Lunatic asylums United Provinces 1909-1921 - 1909-1921
Year: 1909
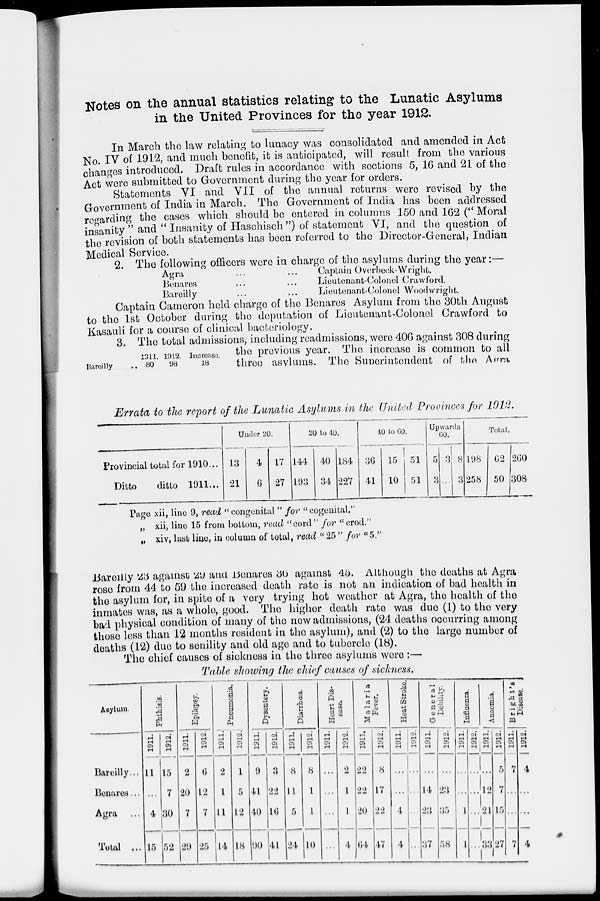
Notes on the annual statistics relating to the Lunatic Asylums
in the United Provinces for the year 1912.
In March the law relating to lunacy was consolidated and amended in Act
No. IV of 1912, and much benefit, it is anticipated, will result from the various
changes introduced. Draft rules in accordance with sections 5, 16 and 21 of the
Act were submitted to Government during the year for orders.
Statements VI and VII of the annual returns were revised by the
Government of India in March. The Government of India has been addressed
regarding the cases which should be entered in columns 150 and 162 (" Moral
insanity " and " Insanity of Haschisch") of statement VI, and the question of
the revision of both statements has been referred to the Director-General, Indian
Medical Service.
2. The following officers were in charge of the asylums during the year:—
Agra ... ...
Benares ... ...
Bareilly ... ...
Captain Overbeck-Wright.
Lieutenant-Colonel Crawford.
Lieutenant-Colonel Woodwright.
Captain Cameron held charge of the Benares Asylum from the 30th August
to the 1st October during the deputation of Lieutenant-Colonel Crawford to
Kasauli for a course of clinical bacteriology.
Bareilly ..
1911.
80
1912.
98
Increase.
18
3. The total admissions, including readmissions, were 406 against 308 during
the previous year. The increase is common to all
three asylums. The Superintendent of the Agra
Errata to the report of the Lunatic Asylums in the United Provinces for 1912.
Provincial total for 1910 ...
Ditto
ditto 1911 ...
Under 20.
13
21
4
6
17
27
20 to 40.
144
193
40
34
184
227
40 to 60.
36
41
15
10
51
51
Upwards
60.
5
3
3
...
8
3
Total.
198
258
62
50
260
308
Page xii, line 9, read " congenital " for " cogenital."
„ xii, line 15 from bottom, read "cord" for "crod."
„ xiv, last line, in column of total, read " 25 " for "5."
Bareilly 23 against 29 and Benares 36 against 45. Although the deaths at Agra
rose from 44 to 59 the increased death rate is not an indication of bad health in
the asylum for, in spite of a very trying hot weather at Agra, the health of the
inmates was, as a whole, good. The higher death rate was due (1) to the very
bad physical condition of many of the now admissions, (24 deaths occurring among
those less than 12 months resident in the asylum), and (2) to the large number of
deaths (12) duo to senility and old age and to tubercle (18).
The chief causes of sickness in the three asylums were :—
Table showing the chief causes of sickness.
Asylum.
Bareilly ...
Benares ...
Agra ...
Total ...
Phthisis.
1911.
11
...
4
15
1912.
15
7
30
52
Epilepsy.
1911.
2
20
7
29
1912.
6
12
7
25
Pneumonia.
1911.
2
1
11
14
1912.
1
5
12
18
Dysentery.
1911.
9
41
40
90
1912.
3
22
16
41
Diarrhœa.
1911.
8
11
5
24
1912.
8
1
1
10
Heart Dis-
ease.
1911.
...
...
...
...
1912.
2
1
1
4
Malaria
Fever.
1911.
22
22
20
64
1912.
8
17
22
47
Heat Stroke.
1911.
...
...
4
4
1912.
...
...
...
...
General
Debility.
1911.
...
14
23
37
1912.
...
23
35
58
Influenza.
1911.
...
...
1
1
1912.
...
...
...
...
Anaemia.
1911.
...
12
21
33
1912.
5
7
15
27
Bright's
Disease.
1911.
7
...
...
7
1912.
4
...
...
4